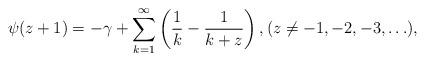
LaTeX: \begin{align*}\psi(z+1)=-\gamma+\sum_{k=1}^{\infty}\left(\frac 1k-\frac{1}{k+z}\right),(z\neq -1,-2,-3,\ldots),\end{align*}